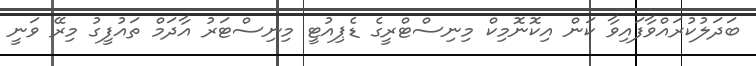
ބަދަލުކުރައްވާފައިވާ ކަން އިކޮނޮމިކް މިނިސްޓްރީގެ ޑެޕިއުޓީ މިނިސްޓަރު އާދަމް ތައުފީގު މިރޭ ވަނީ